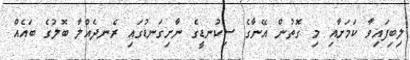
ލިބިފައިވާ ކަމަށާއި މި ގޮތުން އޭނާގެ ސިކުނޑީގެ ނާށިގަނޑުގައި ރެނދެއްލާ ބޮލުގެ ބައެއް